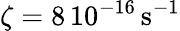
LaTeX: \zeta=8\, 10^{-16}\, \mathrm{s}^{-1}